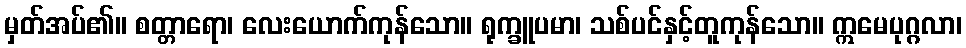
မှတ်အပ်၏။ စတ္တာရော၊ လေးယောက်ကုန်သော။ ရုက္ခူပမာ၊ သစ်ပင်နှင့်တူကုန်သော။ ဣမေပုဂ္ဂလာ၊